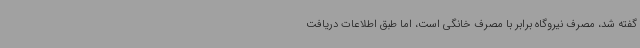
گفته شد، مصرف نیروگاه برابر با مصرف خانگی است، اما طبق اطلاعات دریافت